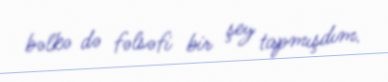
bəlkə də fəlsəfi bir şey tapmışdım.